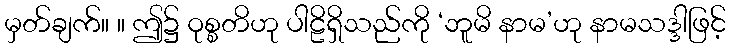
မှတ်ချက်။ ။ ဤ၌ ဝုစ္စတိဟု ပါဠိရှိသည်ကို ‘ဘူမိ နာမ’ဟု နာမသဒ္ဒါဖြင့်